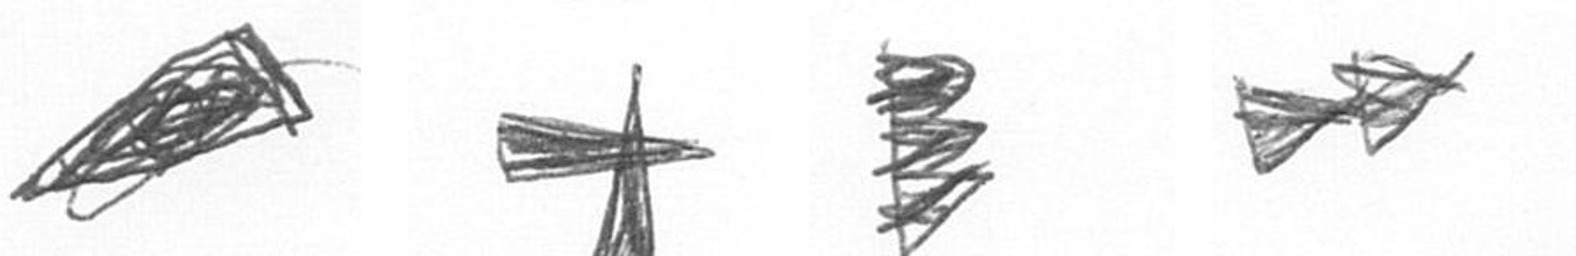
O G H A